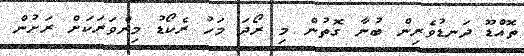
ތޮއްޑޫ ދަނޑުވެރިން ބުނާ ގޮތުން މި ރޯދަ މަހު ރެކޯޑު މިންވަރަކަށް ރަށުން